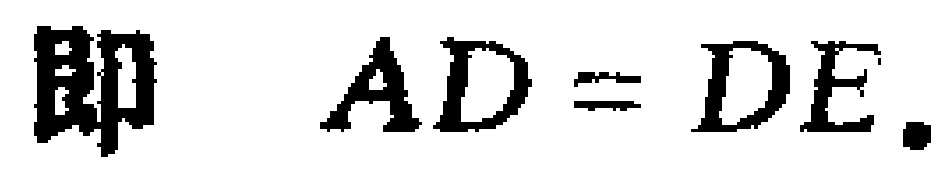
即 \(AD = DE.\)